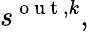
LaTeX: s^{\mathrm{~o~u~t~},k},